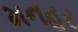
મનહર